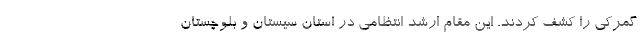
گمرکی را کشف کردند. این مقام ارشد انتظامی در استان سیستان و بلوچستان